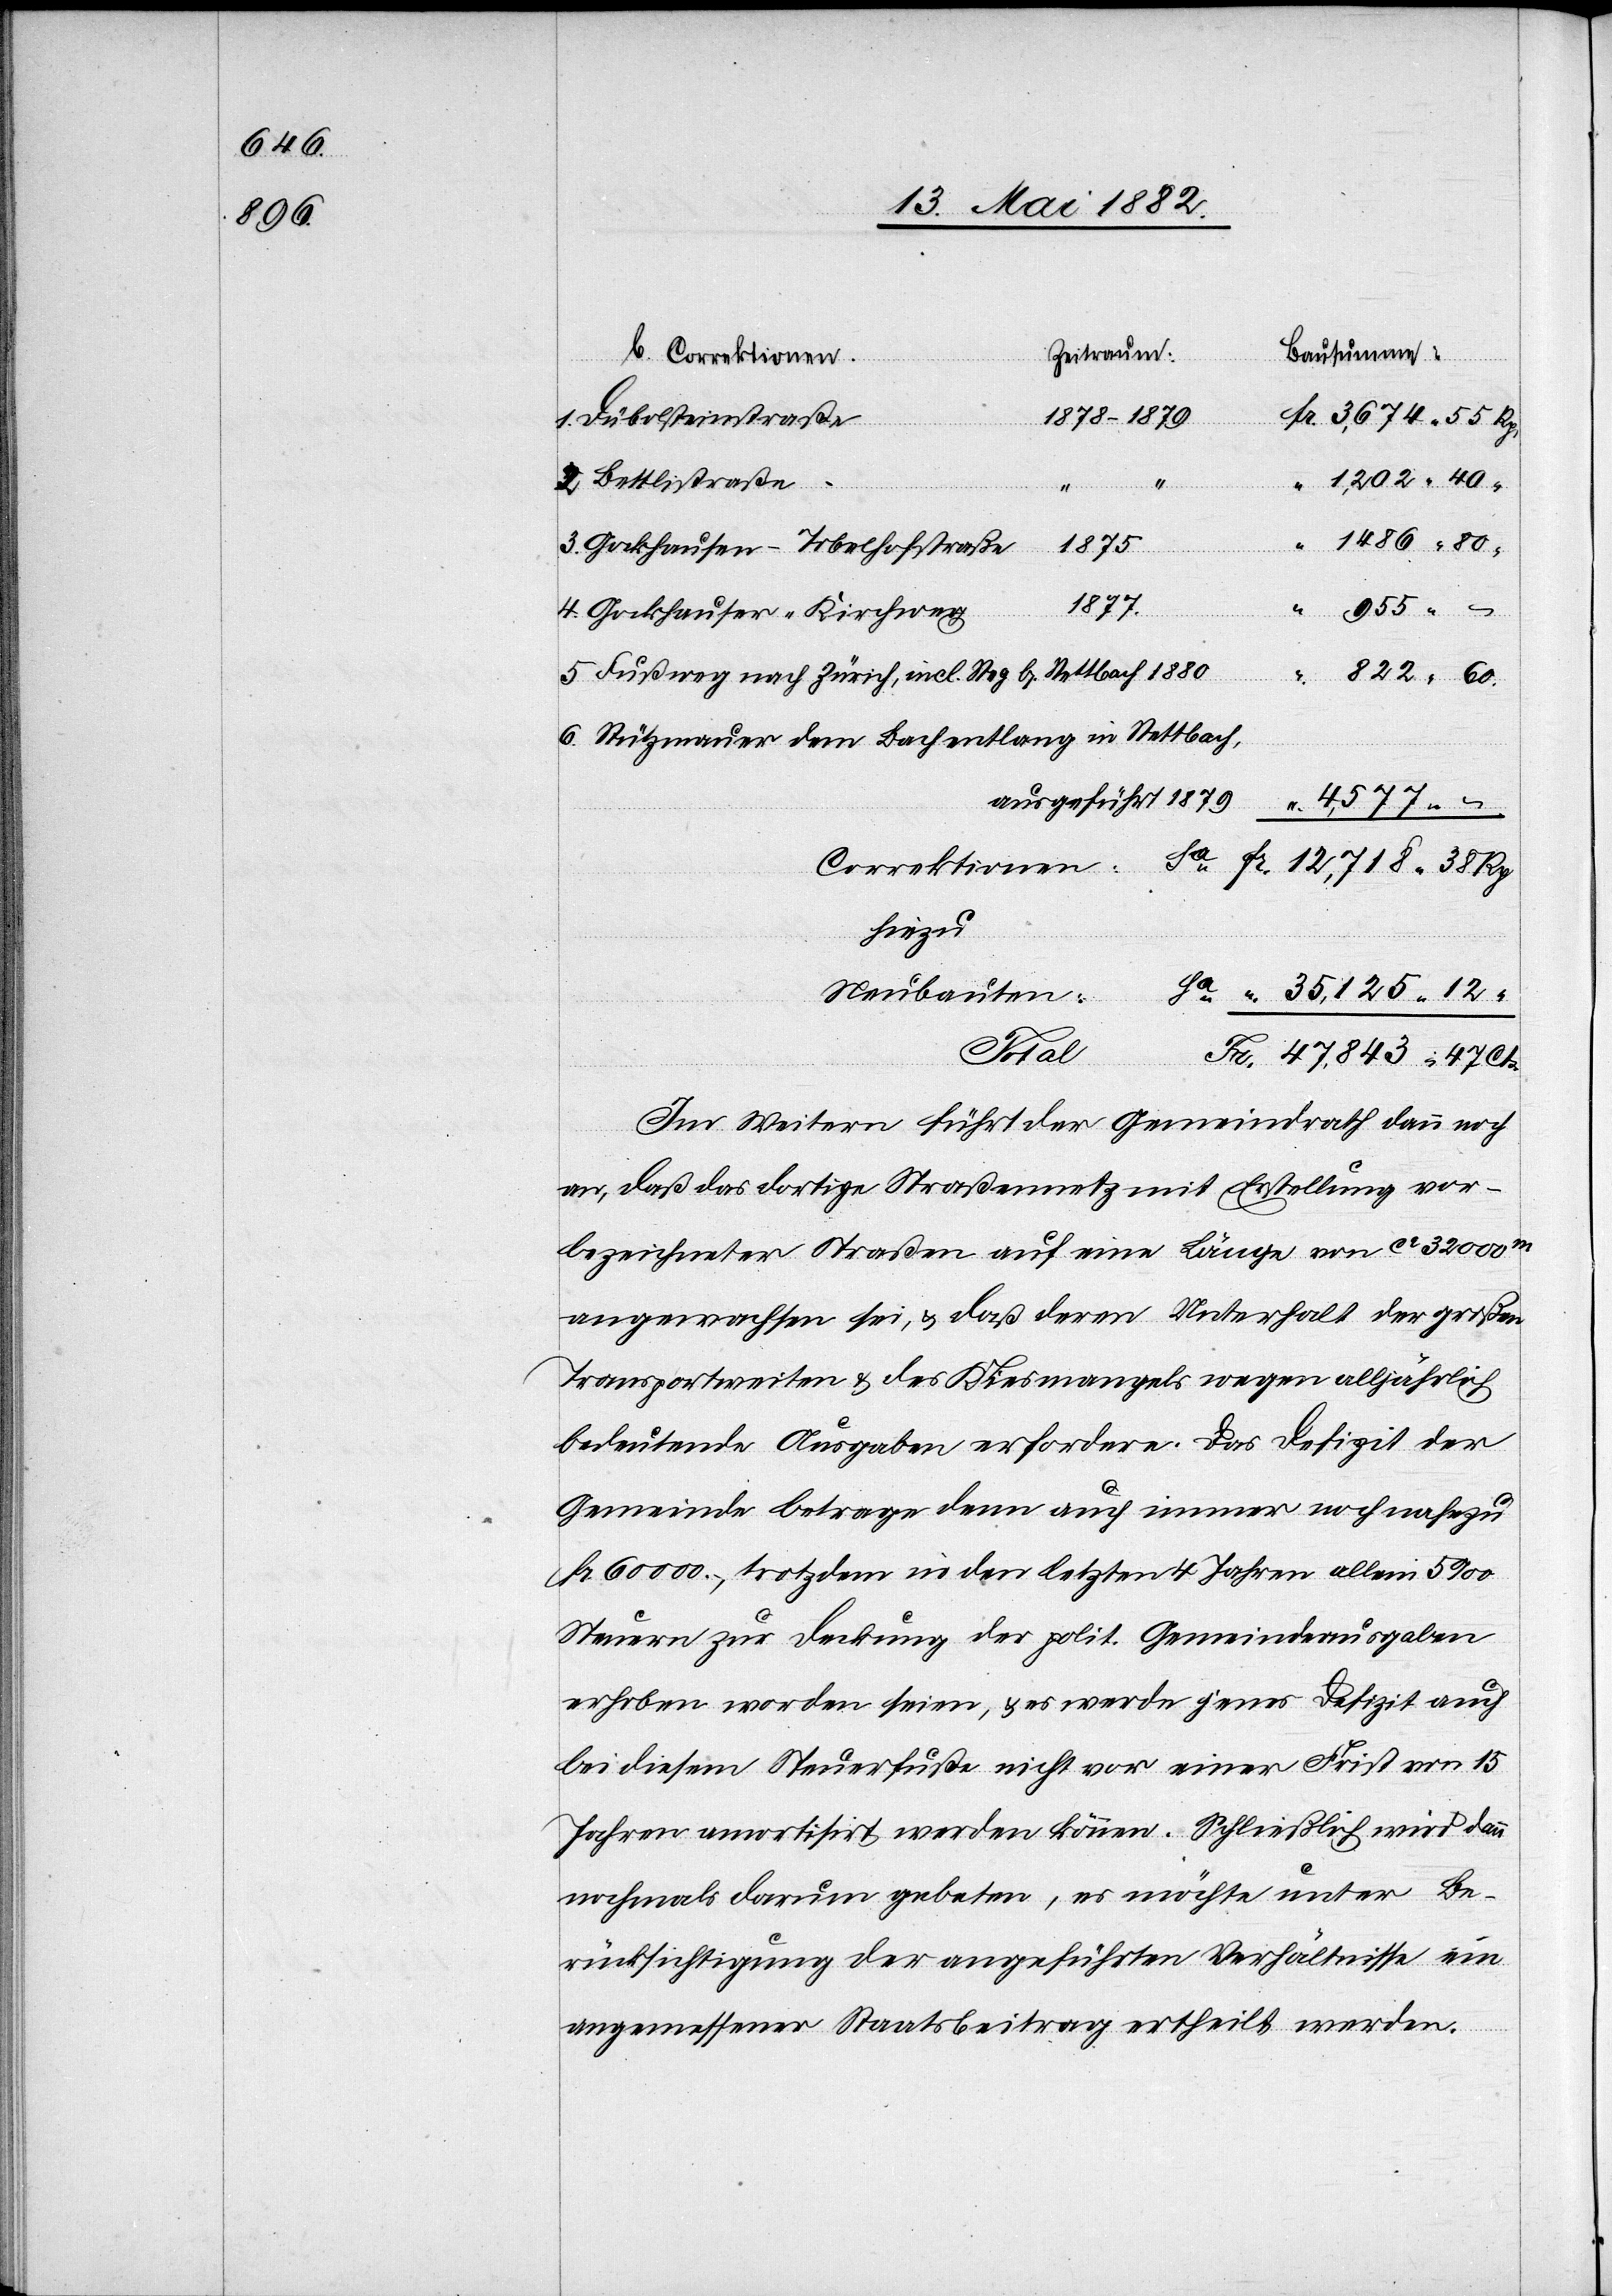
Bausummen:
Zeitraum:
6.
1878–1879
Dübelsteinstraße
Bettlistraße
incl.
Grockhausen–Tobelhofstraße
1880
Fr.
47
12,718.
955.
Grockauser-Kirchweg
rectionen:
“
Stützmauer dem Bach entlang in Stettbach
ausgeführt 1879
Sa
hiezu
Neubauten:
Total
Im Weitern führt der Gemeindrath dann noch
an, daß das dortige Straßennetz mit Erstellung vor¬
bezeichneter Straßen auf eine Länge von ca 32 000m
angewachsen sei, & daß deren Unterhalt der großen
Transportweiten & des Kiesmangels wegen alljährlich
bedeutende Ausgaben erfordere. Das Defizit der
Gemeinde betrage denn auch immer noch nahezu
60 000.–, trotzdem in den letzten 4 Jahren allein 5‰
Steuern zur Deckung der polit. Gemeindeausgaben
erhoben worden seien, & es werde jenes Defizit auch
bei diesem Steuerfuße nicht vor einer Frist von 15
Jahren amortisirt werden können. Schließlich wird dann
nochmals darum gebeten, es möchte unter Be¬
rücksichtigung der angeführten Verhältnisse ein
angemessener Staatsbeitrag ertheilt werden.
Cts.